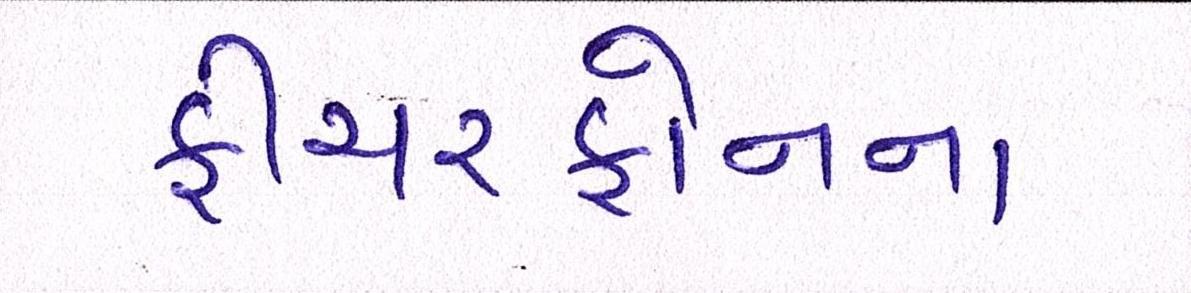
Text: ફીચરફોનના